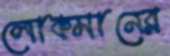
লোকমানের